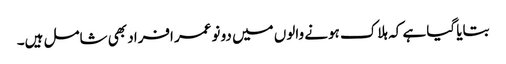
بتایا گیا ہے کہ ہلاک ہونے والوں میں دو نوعمر افراد بھی شامل ہیں۔